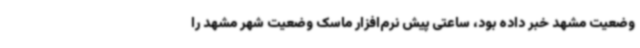
وضعیت مشهد خبر داده بود، ساعتی پیش نرم‌افزار ماسک وضعیت شهر مشهد را